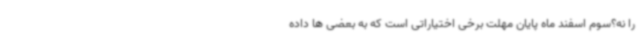
را نه؟سوم اسفند ماه پایان مهلت برخی اختیاراتی است که به بعضی ها داده